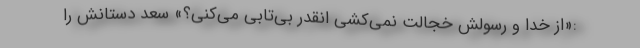
:«از خدا و رسولش خجالت نمی‌کشی انقدر بی‌تابی می‌کنی؟» سعد دستانش را